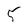
Character: 5